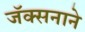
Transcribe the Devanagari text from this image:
जॅक्सनाने